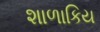
શાળાકિય